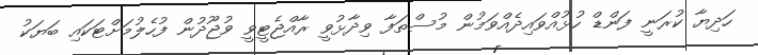
ހަދިޔާ ކުރަނީ ފަންޑް ހުޅުއްވައިދެއްވަމުން މުސްތަފާ ވިދާޅުވީ ރާއްޖެޓީވީ ވުޖޫދުން ފުހެލުމަށްޓަކައި ބަޔަކު